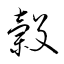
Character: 穀